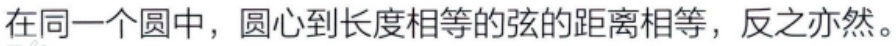
在同一个圆中，圆心到长度相等的弦的距离相等，反之亦然。